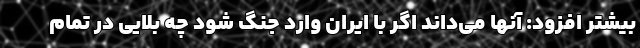
بیشتر افزود: آنها می‌داند اگر با ایران وارد جنگ شود چه بلایی در تمام